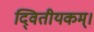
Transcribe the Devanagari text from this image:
दि्वतीयकम्।